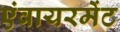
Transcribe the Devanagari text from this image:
एंवायरमेंट